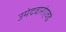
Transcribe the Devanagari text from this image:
उमेदवारांएवढे